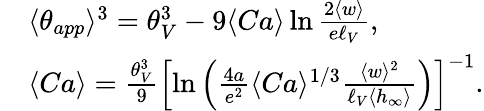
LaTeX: \begin{array}{rl}&{\langle\theta_{app}\rangle^{3}=\theta_{V}^{3}-9\langle Ca\rangle\ln\frac{2\langle w\rangle}{e\ell_{V}},}\\ &{\langle Ca\rangle=\frac{\theta_{V}^{3}}{9}\left[\ln\left(\frac{4a}{e^{2}}\langle Ca\rangle^{1/3}\frac{\langle w\rangle^{2}}{\ell_{V}\langle h_{\infty}\rangle}\right)\right]^{-1}.}\end{array}